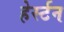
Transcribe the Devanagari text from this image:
हेर्स्टन